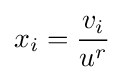
x_{i}={\frac {v_{i}}{u^{r}}}